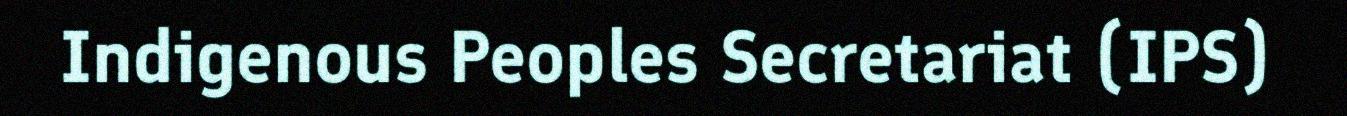
Indigenous Peoples Secretariat (IPS)